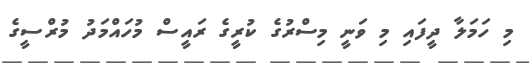
މި ހަމަލާ ދީފައި މި ވަނީ މިސްރުގެ ކުރީގެ ރައީސް މުހައްމަދު މުރްސީގެ